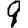
Digit: 9